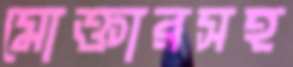
মোক্তারসহ